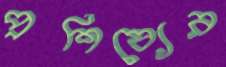
প্রশিষ্যের